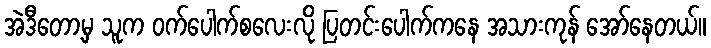
အဲဒီတော့မှ သူက ဝက်ပေါက်စလေးလို ပြတင်းပေါက်ကနေ အသားကုန် အော်နေတယ်။